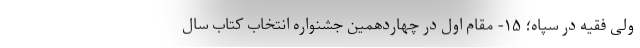
ولی فقیه در سپاه؛ ۱۵- مقام اول در چهاردهمین جشنواره انتخاب کتاب سال